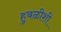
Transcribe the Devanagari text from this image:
हुबळीशी